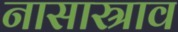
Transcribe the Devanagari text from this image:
नासास्राव